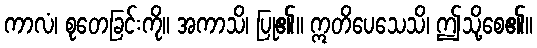
ကာလံ၊ စုတေခြင်းကို။ အကာသိ၊ ပြု၏။ ဣတိပေသေသိ၊ ဤသို့စေ၏။